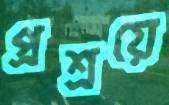
প্রশ্রয়ে